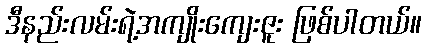
ဒီနည်းလမ်းရဲ့အကျိုးကျေးဇူး ဖြစ်ပါတယ်။